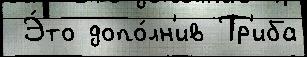
 Э́то допо́лн'ив Тр'иба